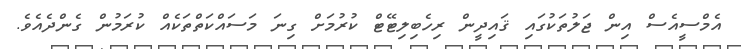
އެމްސީއެސް އިން ޖަލުތަކުގައި ޤައިދީން ރިހެބިލިޓޭޓް ކުރުމަށް ގިނަ މަސައްކަތްތަކެއް ކުރަމުން ގެންދެއެވެ.